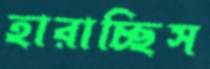
হারাচ্ছিস